Lunatic asylums United Provinces 1909-1921 - 1909-1921
Year: 1909
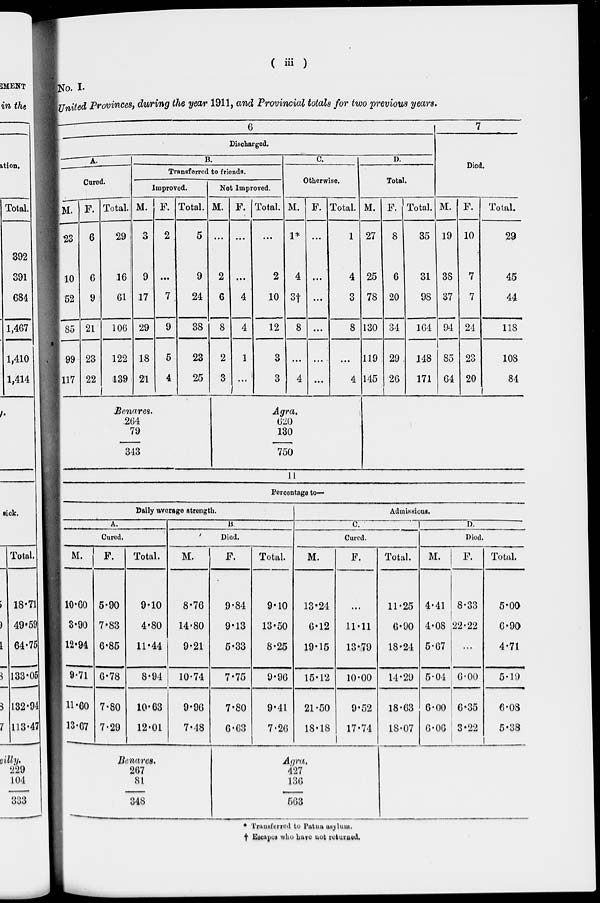
( iii )
No. I.
United Provinces, during the year 1911, and Provincial totals for two previous years.
6
Discharged.
A.
Cured.
M.
23
10
52
85
99
117
F.
6
6
9
21
23
22
Total.
29
16
61
106
122
139
B.
Transferred to friends.
Improved.
M.
3
9
17
29
18
21
F.
2
...
7
9
5
4
Total.
5
9
24
38
23
25
Benares.
264
79
343
Not Improved.
M.
...
2
6
8
2
3
F.
...
...
4
4
1
...
Total.
...
2
10
12
3
3
C.
Otherwise.
M.
1*
4
3†
8
...
4
F.
...
...
...
...
...
...
Total.
1
4
3
8
...
4
Agra.
620
130
750
D.
Total.
M.
27
25
78
130
119
145
F.
8
6
20
34
29
26
Total.
35
31
98
164
148
171
7
Died.
M.
19
38
37
94
85
64
F.
10
7
7
24
23
20
Total.
29
45
44
118
108
84
11
Percentage to—
Daily average strength.
A.
Cured.
M.
10.60
3.90
12.94
9.71
11.60
13.67
F.
5.90
7.83
6.85
6.78
7.80
7.29
Total.
9.10
4.80
11.44
8.94
10.63
12.01
B.
Died.
M.
8.76
14.80
9.21
10.74
9.96
7.48
Benares.
267
81
348
F.
9.84
9.13
5.33
7.75
7.80
6.63
Total.
9.10
13.50
8.25
9.96
9.41
7.26
Admissions.
C.
Cured.
M.
13.24
6.12
19.15
15.12
21.50
18.18
F.
...
11.11
13.79
10.00
9.52
17.74
Agra.
427
136
563
Total.
11.25
6.90
18.24
14.29
18.63
18.07
D.
Died.
M.
4.41
4.08
5.67
5.04
6.00
6.06
F.
8.33
22.22
...
6.00
6.35
3.22
Total.
5.00
6.90
4.71
5.19
6.08
5.38
* Transferred to Patna asylum.
† Escapes who have not returned.